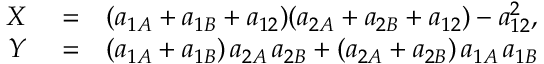
\begin{array} { r l r } { X } & { { } = } & { ( a _ { 1 A } + a _ { 1 B } + a _ { 1 2 } ) ( a _ { 2 A } + a _ { 2 B } + a _ { 1 2 } ) - a _ { 1 2 } ^ { 2 } , } \\ { Y } & { { } = } & { ( a _ { 1 A } + a _ { 1 B } ) \, a _ { 2 A } \, a _ { 2 B } + ( a _ { 2 A } + a _ { 2 B } ) \, a _ { 1 A } \, a _ { 1 B } } \end{array}